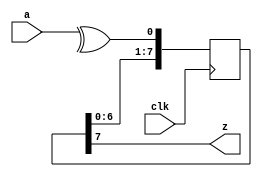
module retime_test(input clk, input [7:0] a, output z);
    reg [7:0] ff = 8'hF5;
    always @(posedge clk)
        ff <= {ff[6:0], ^a};
    assign z = ff[7];
endmodule